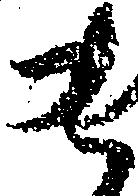
ま